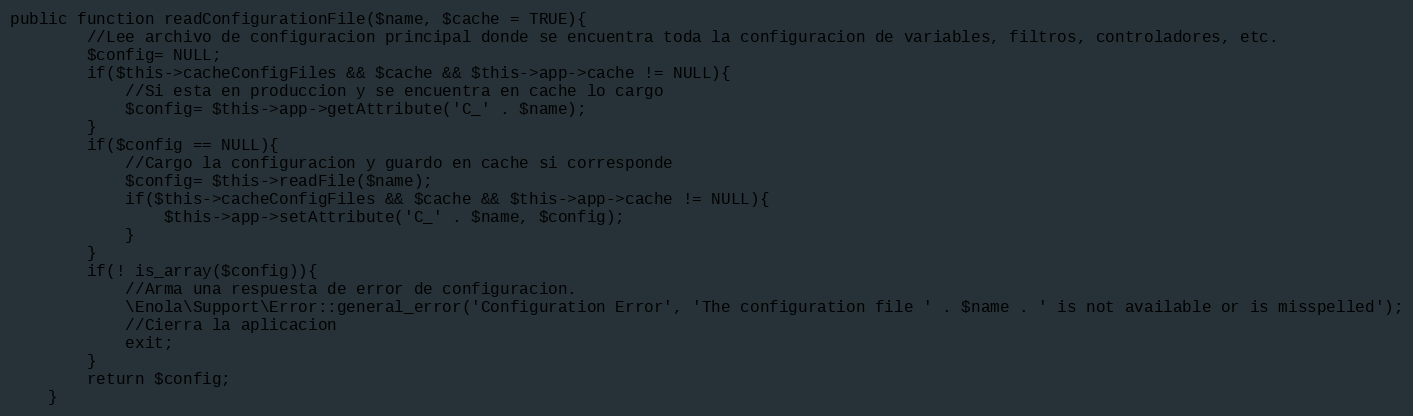
Language: PHP
public function readConfigurationFile($name, $cache = TRUE){
        //Lee archivo de configuracion principal donde se encuentra toda la configuracion de variables, filtros, controladores, etc.
        $config= NULL;
        if($this->cacheConfigFiles && $cache && $this->app->cache != NULL){
            //Si esta en produccion y se encuentra en cache lo cargo
            $config= $this->app->getAttribute('C_' . $name);
        }
        if($config == NULL){
            //Cargo la configuracion y guardo en cache si corresponde
            $config= $this->readFile($name);
            if($this->cacheConfigFiles && $cache && $this->app->cache != NULL){
                $this->app->setAttribute('C_' . $name, $config);
            }
        }
        if(! is_array($config)){
            //Arma una respuesta de error de configuracion.
            \Enola\Support\Error::general_error('Configuration Error', 'The configuration file ' . $name . ' is not available or is misspelled');
            //Cierra la aplicacion
            exit;
        }
        return $config;
    }